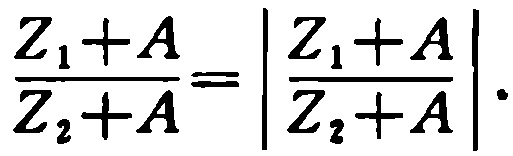
\(\frac{Z_{1}+A}{Z_{2}+A}=\left|\frac{Z_{1}+A}{Z_{2}+A}\right|.\)